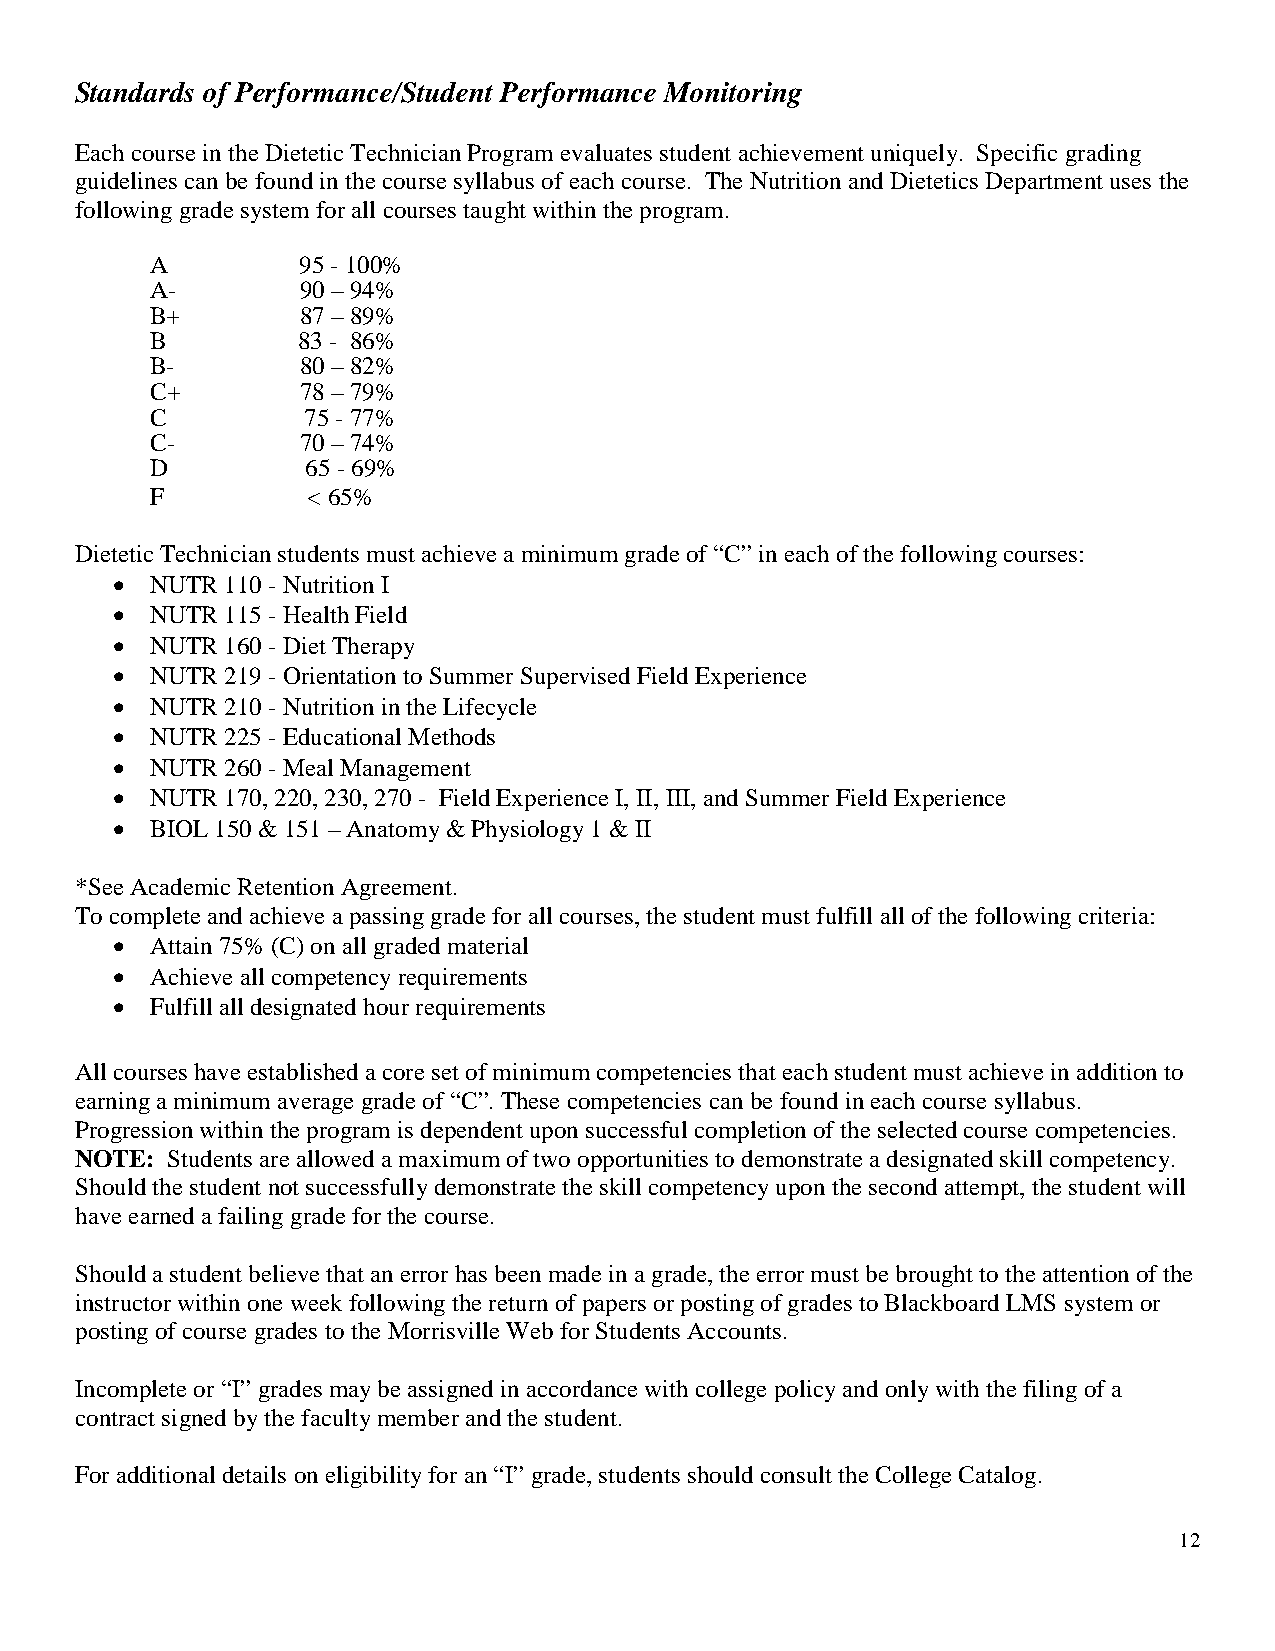
Standards of Performance/Student Performance Monitoring
 Each course in the Dietetic Technician Program evaluates student achievement uniquely. Specific grading
 guidelines can be found in the course syllabus of each course. The Nutrition and Dietetics Department uses the
 following grade system for all courses taught within the program.
 A         95 - 100%
 A-        90 – 94%
 B+        87 – 89%
 B         83 - 86%
 B-        80 – 82%
 C+        78 – 79%
 C         75 - 77%
 C-        70 – 74%
 D         65 - 69%
 F         < 65%
 Dietetic Technician students must achieve a minimum grade of “C” in each of the following courses:
 •  NUTR 110 - Nutrition I
 •  NUTR 115 - Health Field
 •  NUTR 160 - Diet Therapy
 •  NUTR 219 - Orientation to Summer Supervised Field Experience
 •  NUTR 210 - Nutrition in the Lifecycle
 •  NUTR 225 - Educational Methods
 •  NUTR 260 - Meal Management
 •  NUTR 170, 220, 230, 270 - Field Experience I, II, III, and Summer Field Experience
 •  BIOL 150 & 151 – Anatomy & Physiology 1 & II
 *See Academic Retention Agreement.
 To complete and achieve a passing grade for all courses, the student must fulfill all of the following criteria:
 •  Attain 75% (C) on all graded material
 •  Achieve all competency requirements
 •  Fulfill all designated hour requirements
 All courses have established a core set of minimum competencies that each student must achieve in addition to
 earning a minimum average grade of “C”. These competencies can be found in each course syllabus.
 Progression within the program is dependent upon successful completion of the selected course competencies.
 NOTE: Students are allowed a maximum of two opportunities to demonstrate a designated skill competency.
 Should the student not successfully demonstrate the skill competency upon the second attempt, the student will
 have earned a failing grade for the course.
 Should a student believe that an error has been made in a grade, the error must be brought to the attention of the
 instructor within one week following the return of papers or posting of grades to Blackboard LMS system or
 posting of course grades to the Morrisville Web for Students Accounts.
 Incomplete or “I” grades may be assigned in accordance with college policy and only with the filing of a
 contract signed by the faculty member and the student.
 For additional details on eligibility for an “I” grade, students should consult the College Catalog.
 12